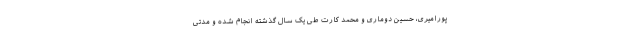
پورامیری، حسین دوماری و محمد کارت طی یک سال گذشته انجام شده و مدتی